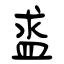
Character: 盚